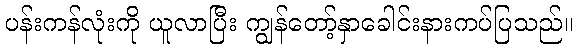
ပန်းကန်လုံးကို ယူလာပြီး ကျွန်တော့်နှာခေါင်းနားကပ်ပြသည်။